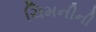
ચિમનીની